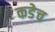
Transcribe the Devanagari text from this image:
कडेच